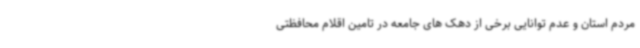
مردم استان و عدم توانایی برخی از دهک های جامعه در تامین اقلام محافظتی